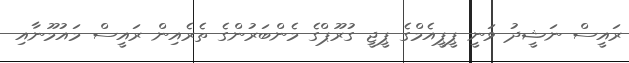
ރައީސް ނަޝީދު ވަނީ ޕީޕީއެމްގެ ޕީޖީ ގުރޫޕްގެ މެންބަރުންގެ ތެރެއިން ރައީސް މައުމޫނާއި